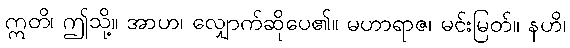
ဣတိ၊ ဤသို့။ အာဟ၊ လျှောက်ဆိုပေ၏။ မဟာရာဇ၊ မင်းမြတ်။ နဟိ၊